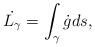
LaTeX: \begin{align*} \dot{L_{\gamma}} = \int_{\gamma} \dot{g} ds,\end{align*}